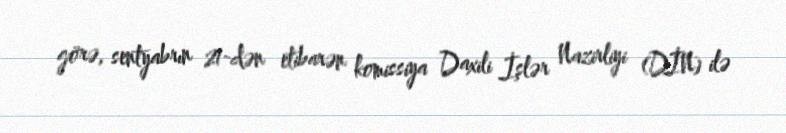
görə, sentyabrın 21-dən etibarən komissiya Daxili İşlər Nazirliyi (DİN) ilə